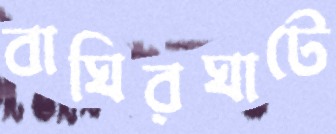
বাঘিরঘাটে